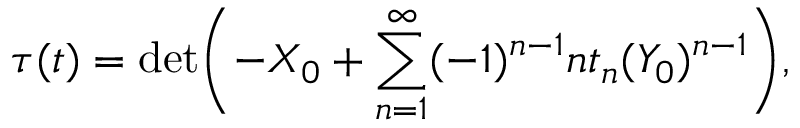
\tau ( t ) = \operatorname * { d e t } \biggl ( - X _ { 0 } + \sum _ { n = 1 } ^ { \infty } ( - 1 ) ^ { n - 1 } n t _ { n } ( Y _ { 0 } ) ^ { n - 1 } \biggr ) ,